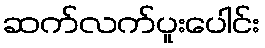
ဆက်လက်ပူးပေါင်း